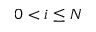
0 < i \leq N